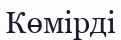
Көмірді